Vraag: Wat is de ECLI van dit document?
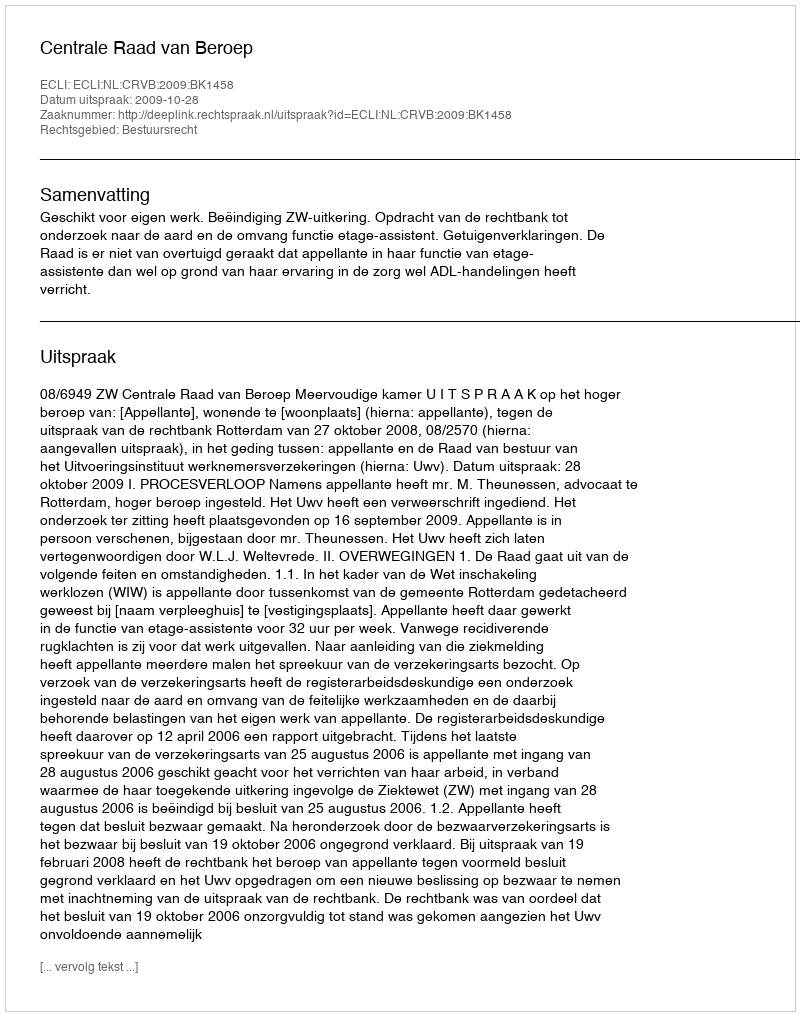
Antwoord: ECLI:NL:CRVB:2009:BK1458